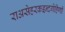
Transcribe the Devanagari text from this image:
राअसेहरकइन्दगेहिणी